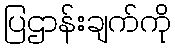
ပြဌာန်းချက်ကို